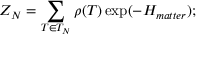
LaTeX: Z _ { N } = \sum _ { T \in { \cal { T } } _ { N } } \rho ( T ) \exp ( - { \cal { H } } _ { m a t t e r } ) ; \protect